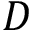
D